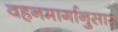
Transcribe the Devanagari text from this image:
वहनमार्गानुसार